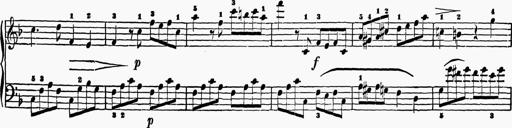
Title: 6 Sonatas
Composer: Muzio Clementi